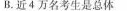
B.近4万名考生是总体